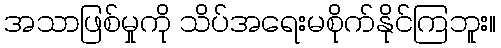
အသာဖြစ်မှုကို သိပ်အရေးမစိုက်နိုင်ကြဘူး။